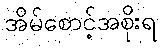
အိမ်စောင့်အစိုးရ